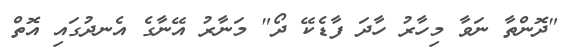
"ދޮންތާ ނަވާ މިހާރު ހާދަ ފާޑެކޭ ދޯ" މަނާރު އޭނާގެ އެނދުގައި އޮތް